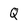
Character: Q